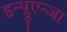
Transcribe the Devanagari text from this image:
इन्प्लुएन्जा